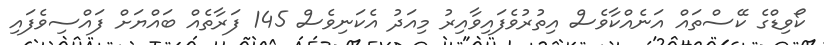
ކޯވިޑްގެ ކޭސްތައް އަނެއްކާވެސް އިތުރުވެފައިވާއިރު މިއަދު އެކަނިވެސް 145 ފަރާތެއް ބައްޔަށް ފައްސިވެފައި